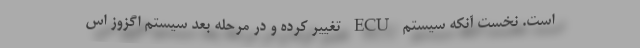
است. نخست آنکه سیستم ECU تغییر کرده و در مرحله بعد سیستم اگزوز اس